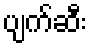
ပျက်ဆီး